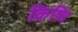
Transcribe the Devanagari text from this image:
क्रिशि